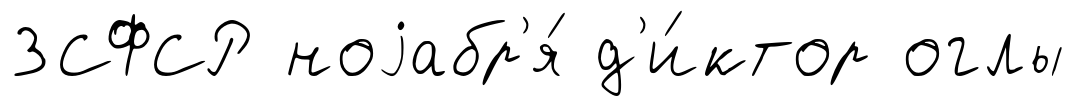
ЗСФСР ноjабр'я́ д'и́ктор оглы